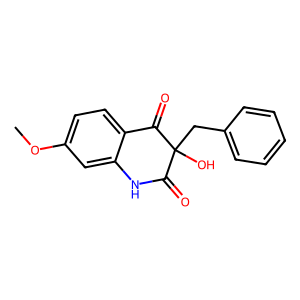
SMILES: COc1ccc2c(c1)NC(=O)C(O)(Cc1ccccc1)C2=O
Inhibits HIV replication: No